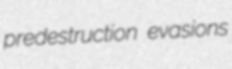
predestruction evasions